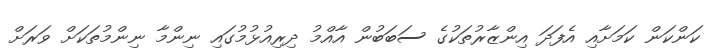
ކަންކަން ކަމަށާއި އެފަދަ އިންޒާރުތަކުގެ ސަބަބުން އާއްމު ދިރިއުޅުމުގައި ނިންމާ ނިންމުތަކަށް ވަރަށް